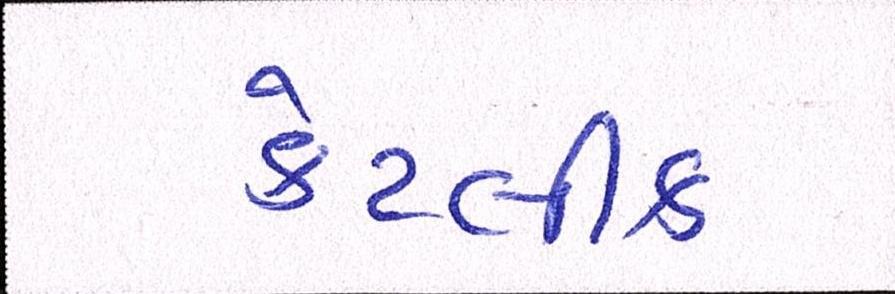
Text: કેટલીક